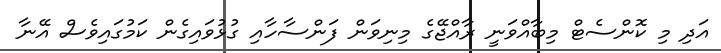
އަދި މި ކޮންސެޓް މިބާއްވަނީ ރާއްޖޭގެ މިނިވަން ފަންސާހާއި ގުޅުވައިގެން ކަމުގައިވެސް އޭނާ